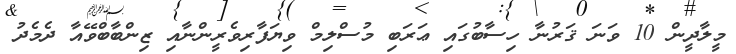
މީލާދީން 10 ވަނަ ޤަރުނާ ހިސާބުގައި ޢަރަބި މުސްލިމް ވިޔަފާރިވެރީންނާއި ޒިންބާބްވޭއާ ދެމެދު